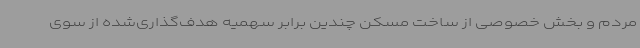
مردم و بخش خصوصی از ساخت مسکن چندین برابر سهمیه هدف‌گذاری‌شده از سوی